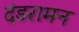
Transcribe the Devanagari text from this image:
दंडरामन